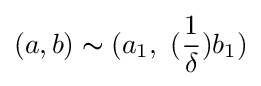
(a,b)\thicksim (a_{1},\ ({\frac {1}{\delta }})b_{1})